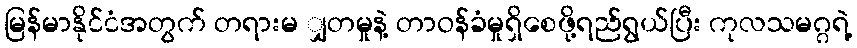
မြန်မာနိုင်ငံအတွက် တရားမ ျှတမှုနဲ့ တာဝန်ခံမှုရှိစေဖို့ရည်ရွယ်ပြီး ကုလသမဂ္ဂရဲ့